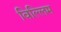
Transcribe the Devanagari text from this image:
विल्लिम